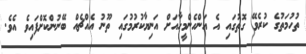
ތުހުމަތުގެ ކުރެވޭ ގޮތުގައި އެ އަންހެންމީހާއަށް އަނިޔާކުރުމުގައި ތޫނު އެއްޗެއް ބޭނުންކޮށްފައިވެ އެވެ.